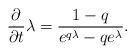
LaTeX: \begin{align*}\frac{\partial}{\partial t}\lambda = \frac{1-q}{e^{q\lambda}-qe^{\lambda}}.\end{align*}